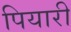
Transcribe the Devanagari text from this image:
पियारी